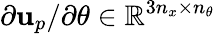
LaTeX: \partial\mathbf{u}_{p}/\partial\theta\in\mathbb{R}^{3n_{x}\times n_{\theta}}